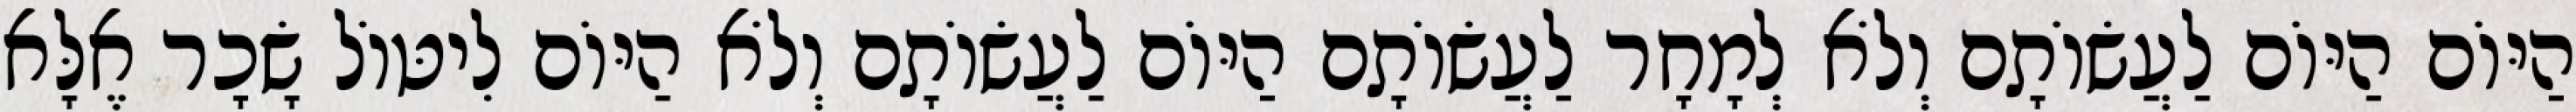
הַיּוֹם הַיּוֹם לַעֲשׂוֹתָם וְלֹא לְמָחָר לַעֲשׂוֹתָם הַיּוֹם לַעֲשׂוֹתָם וְלֹא הַיּוֹם לִיטּוֹל שָׂכָר אֶלָּא